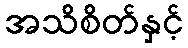
အသိစိတ်နှင့်